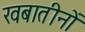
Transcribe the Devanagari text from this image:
खबातीनों